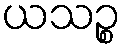
ယသဉ္စ